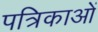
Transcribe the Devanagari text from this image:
पत्रिकाआें